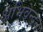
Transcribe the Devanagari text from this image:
अभिवन्दन